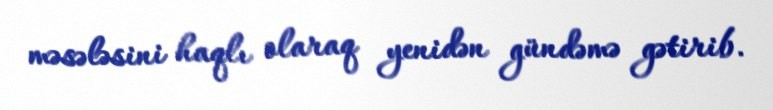
məsələsini haqlı olaraq yenidən gündəmə gətirib.